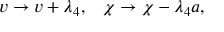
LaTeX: v \rightarrow v + \lambda _ { 4 } , \; \; \; \chi \rightarrow \chi - \lambda _ { 4 } a ,